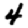
Digit: 4